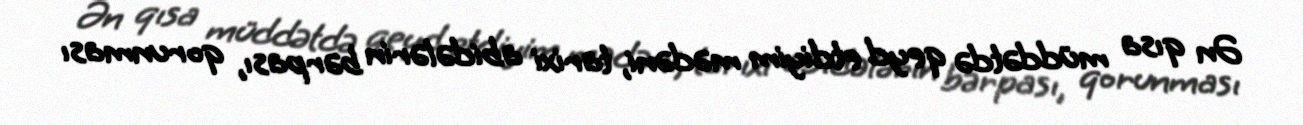
Ən qısa müddətdə qeyd etdiyim mədəni, tarixi abidələrin bərpası, qorunması